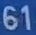
61